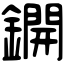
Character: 鐦